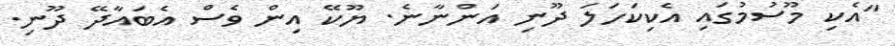
"އެކި މޫސުމުގައި އެކިކަހަލަ ދޫނިި އަންނާނެ. ޔޫކޭ އިން ވެސް އެބައާދޭ ދޫނި.